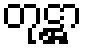
တုဋ္ဌာ